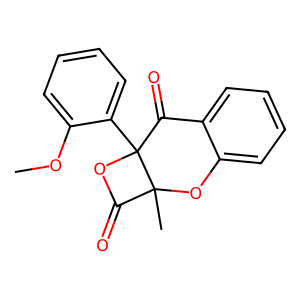
SMILES: COc1ccccc1C12OC(=O)C1(C)Oc1ccccc1C2=O
Inhibits HIV replication: No